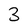
Character: 3